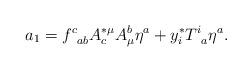
LaTeX: \begin{align*}a_{1}=f_{\;\;ab}^{c}A_{c}^{*\mu }A_{\mu }^{b}\eta^{a}+y_{i}^{*}T_{\;\;a}^{i}\eta ^{a}. \end{align*}